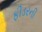
ફીડરની